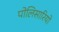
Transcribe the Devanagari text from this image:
पोलिसारियो